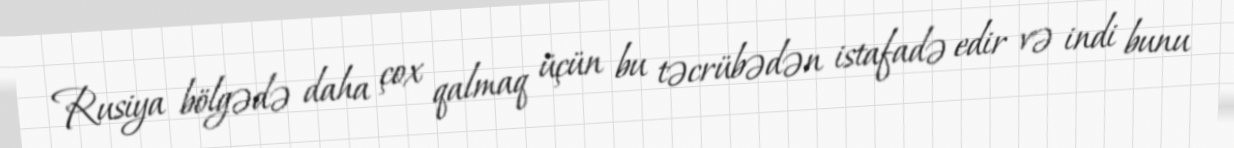
Rusiya bölgədə daha çox qalmaq üçün bu təcrübədən istafadə edir və indi bunu